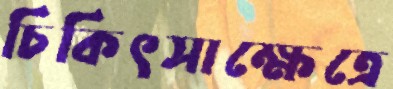
চিকিৎসাক্ষেত্রে